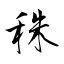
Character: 秼